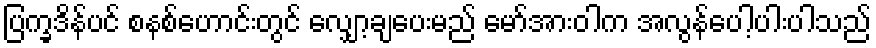
ပြက္ခဒိန်ပင် စနစ်ဟောင်းတွင် လျှော့ချပေးမည် မော်အားဝါက အလွန်ပေါ့ပါးပါသည်